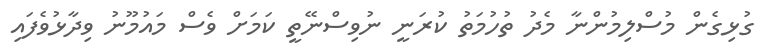
ގުޅިގެން މުސްލިމުންނާ މެދު ތުހުމަތު ކުރަނީ ނުވިސްނޭތީ ކަމަށް ވެސް މައުމޫނު ވިދާޅުވެފައި